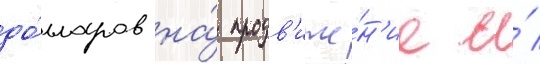
до́лларов на́ продв'иже́н'ие и́